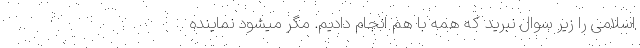
اسلامی را زیر سوال نبرید که همه با هم انجام دادیم. مگر میشود نماینده